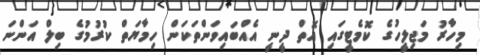
މިހާރު މަޖިލީހުގެ ކޮމެޓީގައި އޮތް ދީނީ އެއްބައިވަންތަކަން ހިމާޔަތް ކުރުމުގެ ބިލް އަންނަ